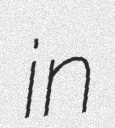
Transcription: in